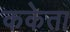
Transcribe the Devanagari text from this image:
ककेता